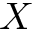
X